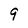
Character: 9